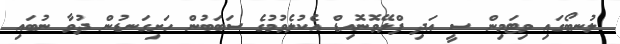
ލުނބޯގައި ވިޓަމިން ސީ އަދި ފްލޭވޮނޮއިޑް އެކުލެވުމުގެ ސަބަބުން ހަށިގަނޑުން ދުވާ ނުބައި